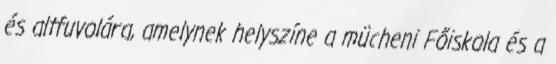
és altfuvolára, amelynek helyszíne a mücheni Főiskola és a